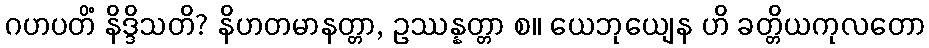
ဂဟပတိံ နိဒ္ဒိသတိ? နိဟတမာနတ္တာ, ဥဿန္နတ္တာ စ။ ယေဘုယျေန ဟိ ခတ္တိယကုလတော